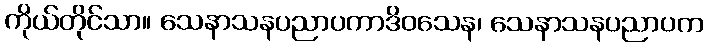
ကိုယ်တိုင်သာ။ သေနာသနပညာပကာဒိဝသေန၊ သေနာသနပညာပက